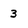
Character: 3